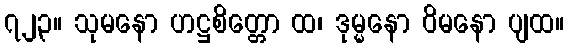
၇၂၃။ သုမနော ဟဋ္ဌစိတ္တော ထ၊ ဒုမ္မနော ဝိမနော ပျထ။